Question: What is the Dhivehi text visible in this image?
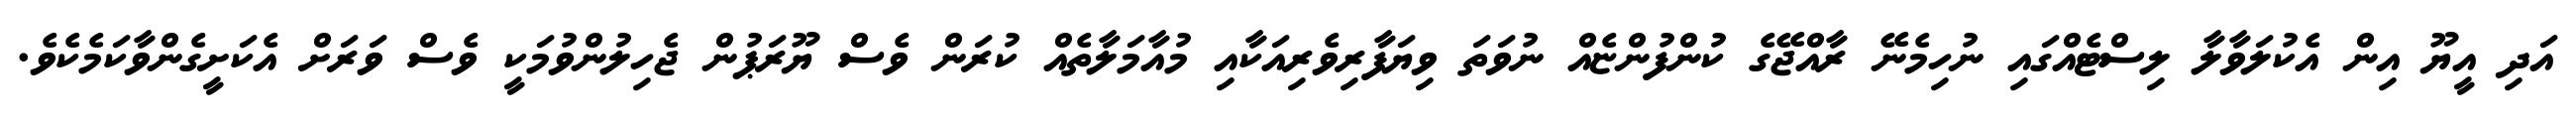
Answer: އަދި އީޔޫ އިން އެކުލަވާލާ ލިސްޓެއްގައި ނުހިމެނޭ ރާއްޖޭގެ ކުންފުންޏެއް ނުވަތަ ވިޔަފާރިވެރިއަކާއި މުއާމަލާތެއް ކުރަން ވެސް ޔޫރަޕުން ޖެހިލުންވުމަކީ ވެސް ވަރަށް އެކަށީގެންވާކަމެކެވެ.